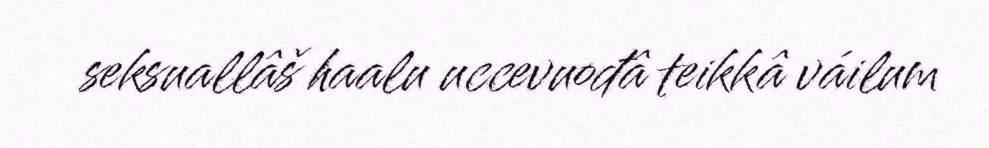
seksuallâš haalu uccevuođâ teikkâ váilum